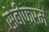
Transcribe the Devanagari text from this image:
सेबीफरम